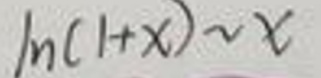
\(\ln(1 + x)\sim x\)